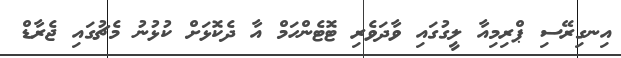
އިނގިރޭސި ޕްރިމިއާ ލީގުގައި ވާދަވެރި ޓޮޓެންހަމް އާ ދެކޮޅަށް ކުޅުނު މެޗުގައި ޖެރާޑް